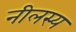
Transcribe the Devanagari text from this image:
नीलस्य